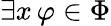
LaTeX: \exists x\, \varphi\in\Phi